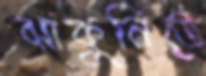
ঝাকুনিতে